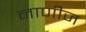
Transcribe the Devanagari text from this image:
नाणीज